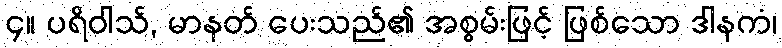
၄။ ပရိဝါသ်, မာနတ် ပေးသည်၏ အစွမ်းဖြင့် ဖြစ်သော ဒါနကံ၊